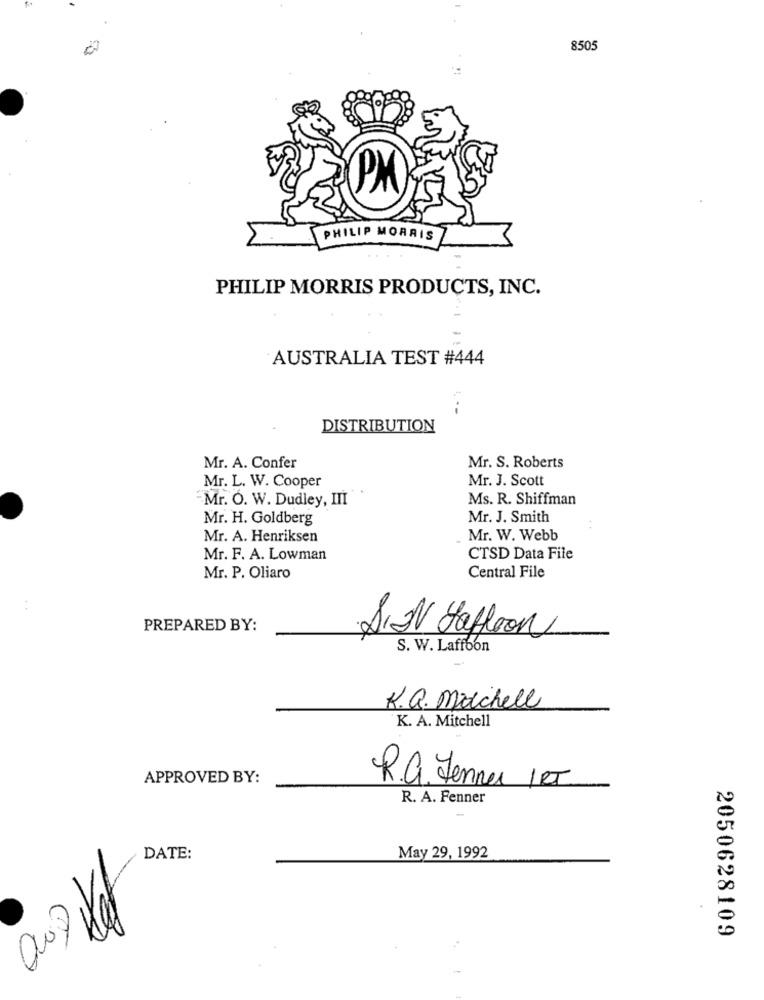
8505
PM
PHILIP MORRIS
PHILIP MORRIS PRODUCTS, INC.
AUSTRALIA TEST #444
DISTRIBUTION
Mr. A. Confer
Mr. S. Roberts
Mr. L. W. Cooper
Mr. J. Scott
Mr. O. W. Dudley, III
Ms. R. Shiffman
Mr. H. Goldberg
Mr. J. Smith
Mr. A. Henriksen
Mr. W. Webb
Mr. F. A. Lowman
CTSD Data File
Central File
Mr. P. Oliaro
PREPARED BY:
SIN Haffon
S. W. Laffoon
K.Q. Machell
K. A. Mitchell
APPROVED BY:
R.G. Jenner IKT
R. A. Fenner
DATE:
May 29, 1992
2050628109